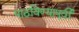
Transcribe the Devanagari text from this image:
पाठविण्यापूर्वी